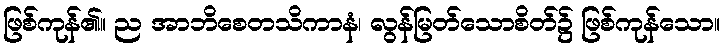
ဖြစ်ကုန်၏။ ည အာဘိစေတသိကာနံ၊ လွန်မြတ်သောစိတ်၌ ဖြစ်ကုန်သော။